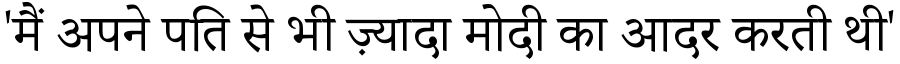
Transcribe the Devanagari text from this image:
'मैं अपने पति से भी ज़्यादा मोदी का आदर करती थी'